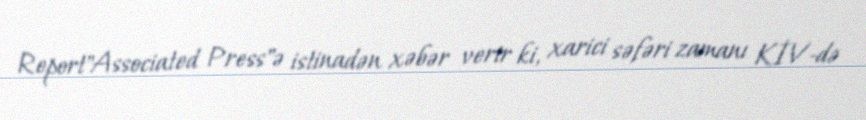
Report"Associated Press"ə istinadən xəbər verir ki, xarici səfəri zamanı KİV-də